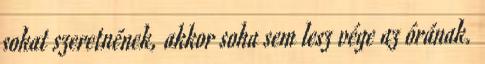
sokat szeretnének, akkor soha sem lesz vége az órának.